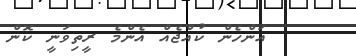
އަންހެން ކުއްޖެއް އެންމެ ރީތިވަނީ ކޮން